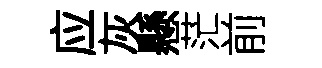
应灰懸茫前